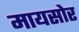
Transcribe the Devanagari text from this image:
मायसोर